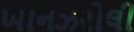
ખાનઝરોલી